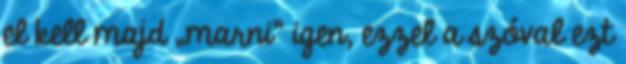
el kell majd „marni” igen, ezzel a szóval ezt